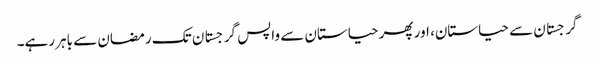
گرجستان سے حیاستان، اور پھر حیاستان سے واپس گرجستان تک رمضان سے باہر رہے۔